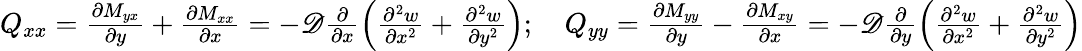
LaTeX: \begin{array}{r}{Q_{xx}=\frac{\partial M_{yx}}{\partial y}+\frac{\partial M_{xx}}{\partial x}=-\mathscr{D}\frac{\partial}{\partial x}\left(\frac{\partial^{2}w}{\partial x^{2}}+\frac{\partial^{2}w}{\partial y^{2}}\right);\quad Q_{yy}=\frac{\partial M_{yy}}{\partial y}-\frac{\partial M_{xy}}{\partial x}=-\mathscr{D}\frac{\partial}{\partial y}\left(\frac{\partial^{2}w}{\partial x^{2}}+\frac{\partial^{2}w}{\partial y^{2}}\right)}\end{array}